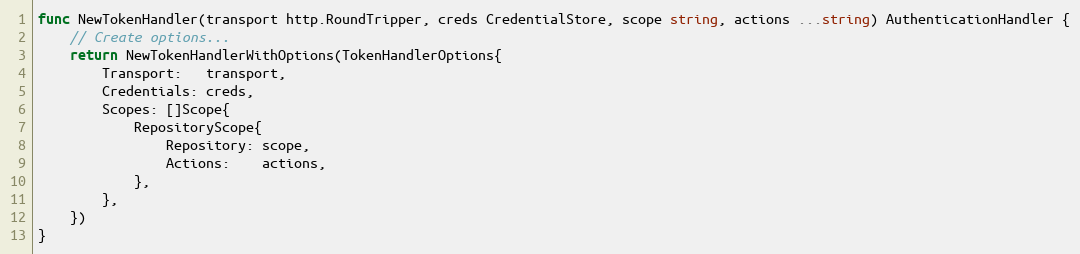
Language: Go
func NewTokenHandler(transport http.RoundTripper, creds CredentialStore, scope string, actions ...string) AuthenticationHandler {
	// Create options...
	return NewTokenHandlerWithOptions(TokenHandlerOptions{
		Transport:   transport,
		Credentials: creds,
		Scopes: []Scope{
			RepositoryScope{
				Repository: scope,
				Actions:    actions,
			},
		},
	})
}